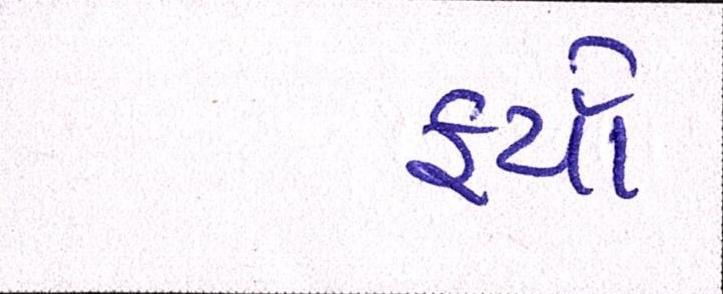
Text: ફર્યા